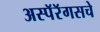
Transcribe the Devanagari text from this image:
अस्पॅरॅगसचे